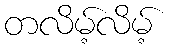
တလိမ့်လိမ့်